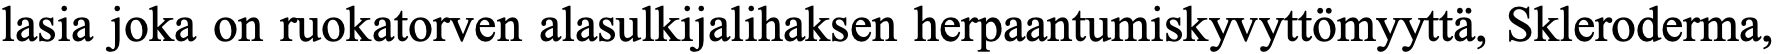
lasia joka on ruokatorven alasulkijalihaksen herpaantumiskyvyttömyyttä, Skleroderma,